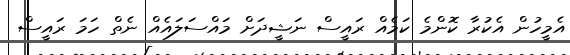
އެމީހުން އެކުރާ ކޮންމެ ކަމެއް ރައީސް ނަޝީދަށް މައްސަލައެއް ނެތް ހަމަ ރައީސް